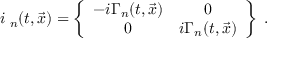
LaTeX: i { \bf \Gamma } _ { n } ( t , \vec { x } ) = \left\{ \begin{array} { c c } { { - i \Gamma _ { n } ( t , \vec { x } ) } } & { { 0 } } \\ { { 0 } } & { { i \Gamma _ { n } ( t , \vec { x } ) } } \end{array} \right\} \; .